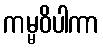
ကမ္မဝိပါကာ